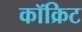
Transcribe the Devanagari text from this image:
कॉक्रिट